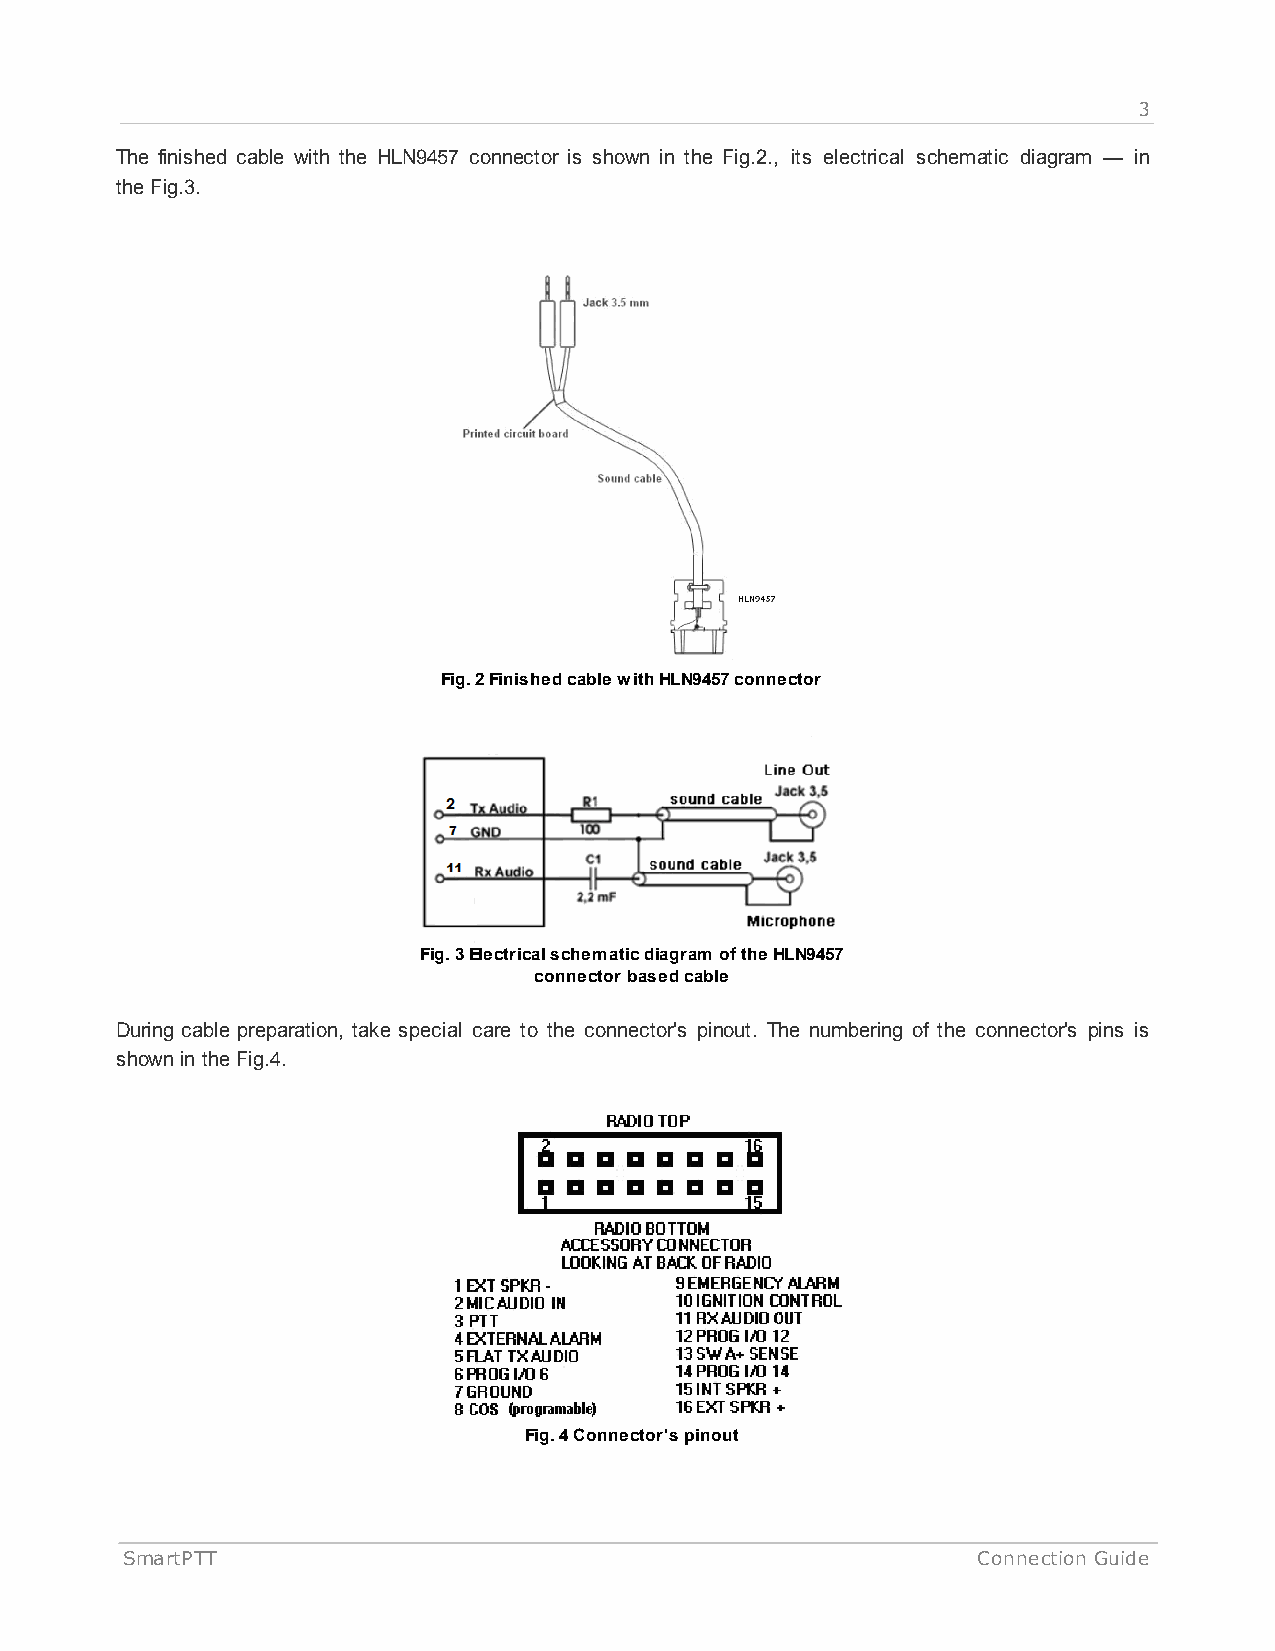
3
 The finished cable with the HLN9457 connector is shown in the Fig.2., its electrical schematic diagram — in
 the Fig.3.
 Fig. 2 Finished cable with HLN9457 connector
 Fig. 3 Electrical schematic diagram of the HLN9457
 connector based cable
 During cable preparation, take special care to the connector's pinout. The numbering of the connector's pins is
 shown in the Fig.4.
 Fig. 4 Connector's pinout
 SmartPTT                                                 Connection Guide